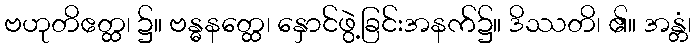
ဗဟုတိဧတ္ထ၊ ၌။ ဗန္ဓနတ္ထေ၊ နှောင်ဖွဲ့ခြင်းအနက်၌။ ဒိဿတိ၊ ၏။ အန္တံ၊